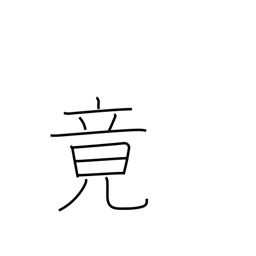
Meaning: finally